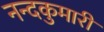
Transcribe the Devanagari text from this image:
नन्दकुमारी